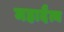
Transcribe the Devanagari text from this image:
महादैत्य